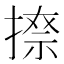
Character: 𫽩